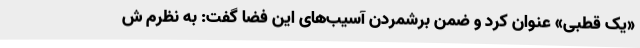
«یک قطبی» عنوان کرد و ضمن برشمردن آسیب‌های این فضا گفت: به نظرم ش